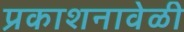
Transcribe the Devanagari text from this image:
प्रकाशनावेळी